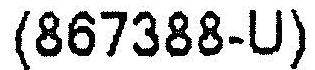
(867388-U)